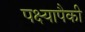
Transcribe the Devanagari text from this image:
पक्ष्यापैकी